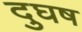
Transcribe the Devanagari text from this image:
दुघष